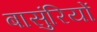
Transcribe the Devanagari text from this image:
बासुंरियों